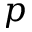
p